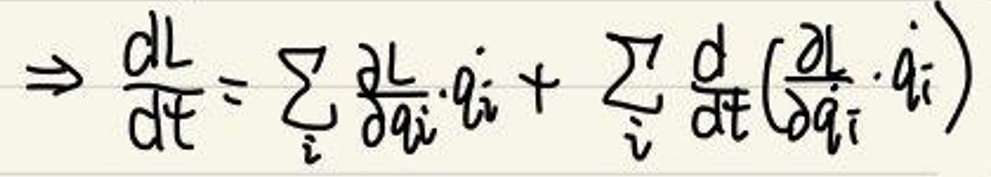
\(\Rightarrow \frac{dL}{dt} = \sum_{i} \frac{\partial L}{\partial q_{i}} \dot{q}_{i} + \sum_{i} \frac{d}{dt} \left( \frac{\partial L}{\partial \dot{q}_{i}} \dot{q}_{i} \right)\)